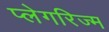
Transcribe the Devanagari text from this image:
प्लेगरिज्म